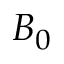
B _ { 0 }